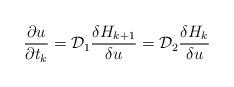
LaTeX: \begin{align*}{\partial u\over \partial t_{k}} = {\cal D}_{1} {\delta H_{k+1}\over\delta u} = {\cal D}_{2} {\delta H_{k}\over \delta u}\end{align*}